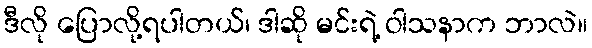
ဒီလို ပြောလို့ရပါတယ်၊ ဒါဆို မင်းရဲ့ ဝါသနာက ဘာလဲ။